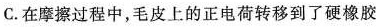
C.在摩擦过程中，毛皮上的正电荷转移到了硬橡胶